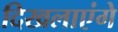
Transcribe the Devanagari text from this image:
दिखलाएंगे